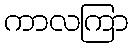
ကာလကြာ